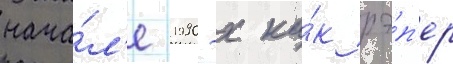
нача́л'е 1990-х ка́к рэ́п'ер